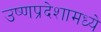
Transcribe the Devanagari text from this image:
उष्णप्रदेशामध्ये